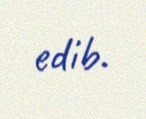
edib.